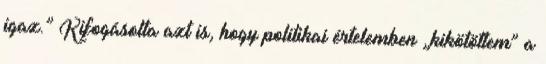
igaz.” Kifogásolta azt is, hogy politikai értelemben „kikötöttem” a